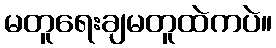
မတူရေးချမတူထဲကပဲ။